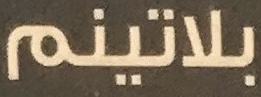
بلاتينم